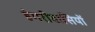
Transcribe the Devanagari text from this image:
हंगरीवासियों